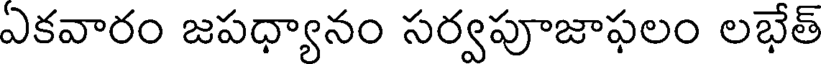
ఏకవారం జపధ్యానం సర్వపూజాఫలం లభేత్